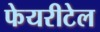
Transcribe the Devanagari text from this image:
फेयरीटेल